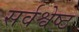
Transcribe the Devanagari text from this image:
सर्वश्वेष्ठ